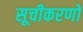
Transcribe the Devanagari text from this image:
सूचीकरणों